Civil Veterinary Department Bihar & Orissa reports 1911-21 - 1911-1921
Year: 1911
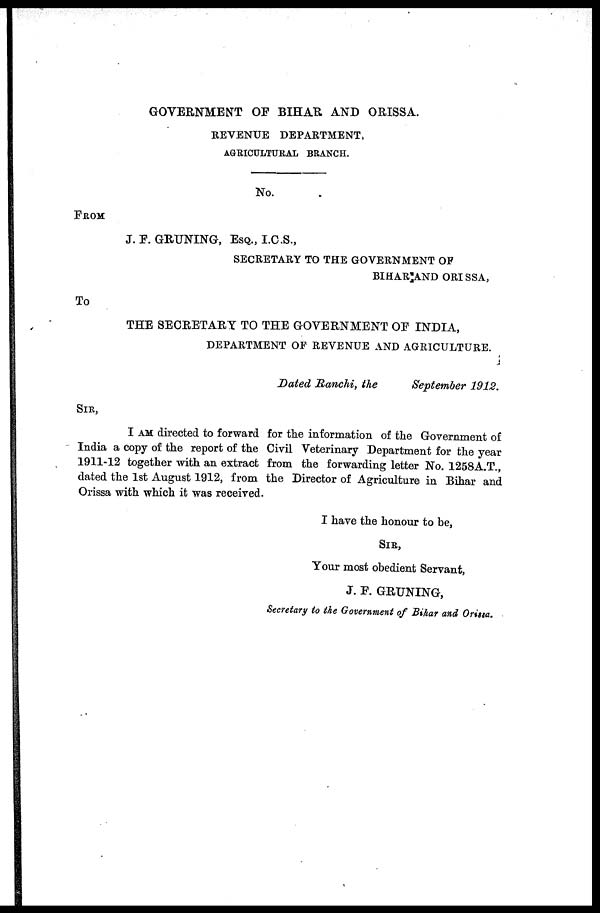
GOVERNMENT OF BIHAR AND ORISSA.
REVENUE DEPARTMENT,
AGRICULTURAL BRANCH.
No.
FROM
J. F. GRUNING, ESQ., I.C.S.,
SECRETARY TO THE GOVERNMENT OP
BIHAR AND ORISSA,
To
THE SECRETARY TO THE GOVERNMENT OF INDIA,
DEPARTMENT OF REVENUE AND AGRICULTURE.
Dated Ranchi, the
September 1912.
SIR,
I AM directed to forward for the information of the Government of
India a copy of the report of the Civil Veterinary Department for the year
1911-12 together with an extract from the forwarding letter No. 1258A.T.,
dated the 1st August 1912, from the Director of Agriculture in Bihar and
Orissa with which it was received.
I have the honour to be,
SIR,
Your most obedient Servant,
J. F. GRUNING,
Secretary to the Government of Bihar and Orissa.